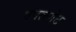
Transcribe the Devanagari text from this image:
एपलगेट